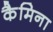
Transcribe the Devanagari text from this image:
कैमिना